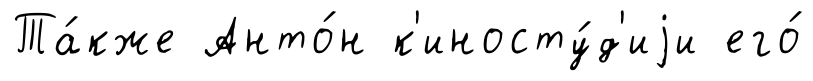
Та́кже Анто́н к'иносту́д'иjи его́